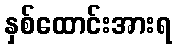
နှစ်ထောင်းအားရ